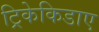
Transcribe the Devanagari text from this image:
ट्रिकेकिडाए